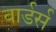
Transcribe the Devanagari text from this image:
वार्डर्स